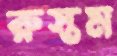
রুস্তম